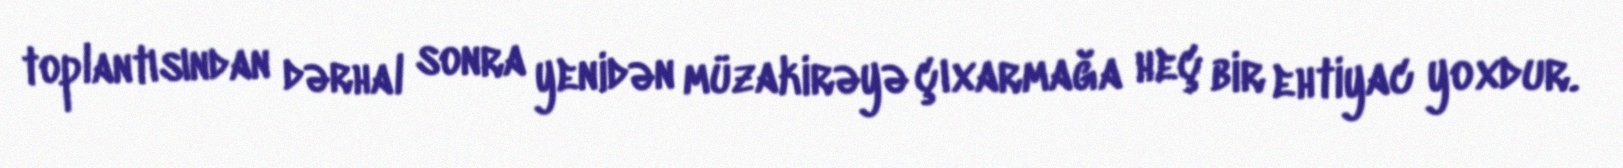
toplantısından dərhal sonra yenidən müzakirəyə çıxarmağa heç bir ehtiyac yoxdur.